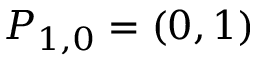
P _ { 1 , 0 } = ( 0 , 1 )